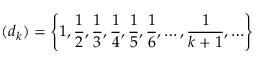
( d _ { k } ) = \left\{ 1 , { \frac { 1 } { 2 } } , { \frac { 1 } { 3 } } , { \frac { 1 } { 4 } } , { \frac { 1 } { 5 } } , { \frac { 1 } { 6 } } , \ldots , { \frac { 1 } { k + 1 } } , \ldots \right\}